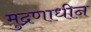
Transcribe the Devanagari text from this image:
मुद्रणाधीन